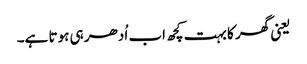
یعنی گھر کا بہت کچھ اب اُدھر ہی ہوتا ہے۔